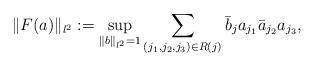
LaTeX: \begin{align*}\|F(a)\|_{l^{2}}:=\sup_{\|b\|_{l^{2}}=1}\sum_{(j_{1},j_{2},j_{3})\in R(j)}\bar{b}_{j}a_{j_{1}}\bar{a}_{j_{2}}a_{j_{3}},\end{align*}